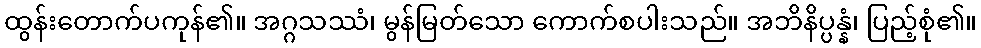
ထွန်းတောက်ပကုန်၏။ အဂ္ဂသဿံ၊ မွန်မြတ်သော ကောက်စပါးသည်။ အဘိနိပ္ပန္နံ၊ ပြည့်စုံ၏။